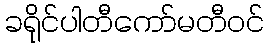
ခရိုင်ပါတီကော်မတီဝင်